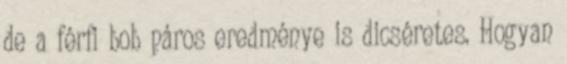
de a férfi bob páros eredménye is dicséretes. Hogyan